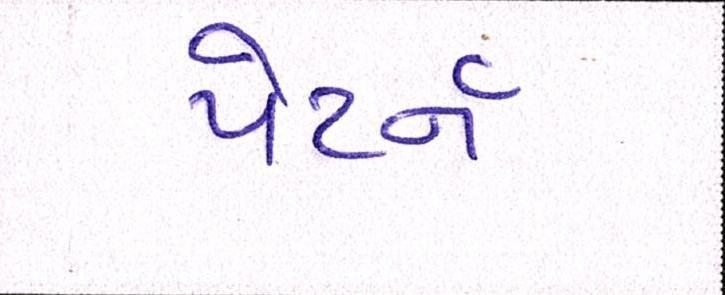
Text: પેટર્ન